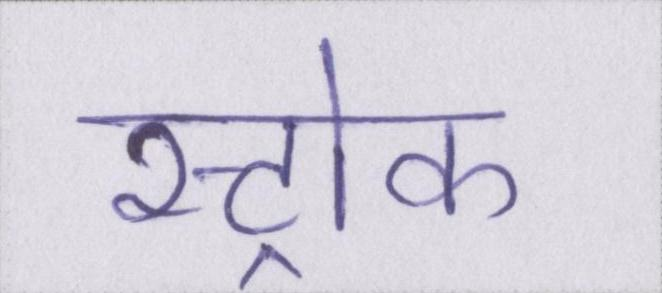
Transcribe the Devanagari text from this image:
स्ट्रोक